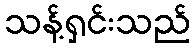
သန့်ရှင်းသည်